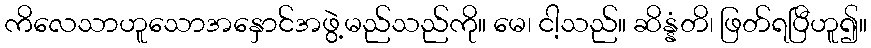
ကိလေသာဟူသောအနှောင်အဖွဲ့မည်သည်ကို။ မေ၊ ငါ့သည်။ ဆိန္နံတိ၊ ဖြတ်ရပြီဟူ၍။